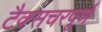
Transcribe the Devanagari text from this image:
टैक्सचरपूर्ण